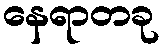
နေရာတခု